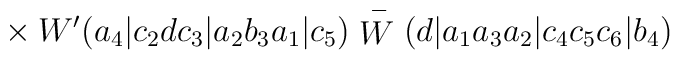
{}~~~~~~~~~~~~~~~~~~~~~~~~~~~\times W'(a_4|c_2dc_3|a_2b_3a_1|c_5)\stackrel{-}{W}(d|a_1a_3a_2|c_4c_5c_6|b_4)